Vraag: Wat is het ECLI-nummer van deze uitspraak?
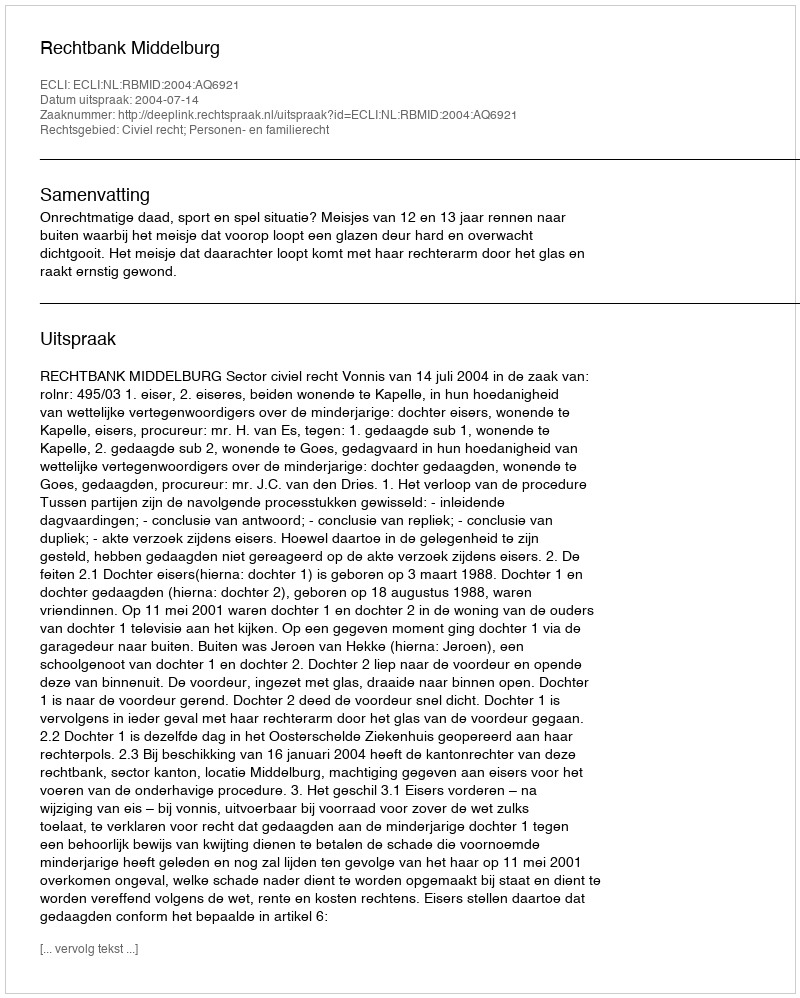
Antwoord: ECLI:NL:RBMID:2004:AQ6921